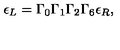
\epsilon _ { L } = \Gamma _ { 0 } \Gamma _ { 1 } \Gamma _ { 2 } \Gamma _ { 6 } \epsilon _ { R } ,